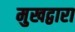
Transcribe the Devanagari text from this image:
मुखद्वारा